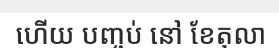
ហើយ បញ្ចប់ នៅ ខែតុលា